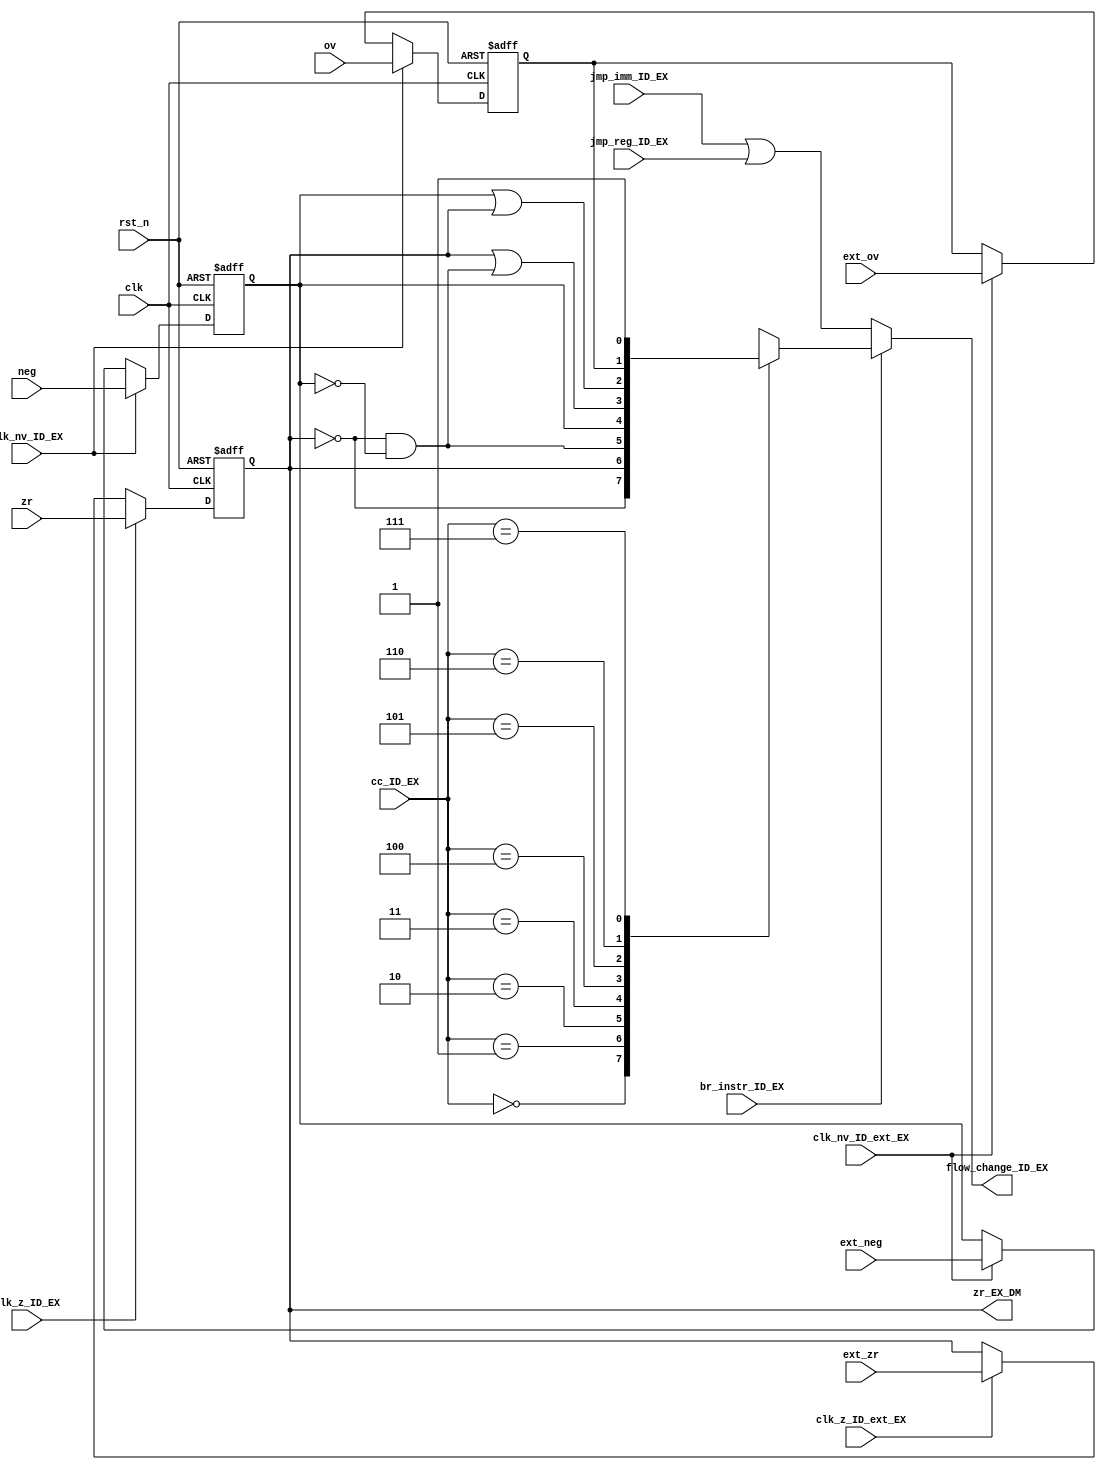
module br_bool(clk,rst_n,clk_z_ID_EX,clk_nv_ID_EX,br_instr_ID_EX,
               clk_z_ID_ext_EX, clk_nv_ID_ext_EX,
               jmp_imm_ID_EX,jmp_reg_ID_EX,cc_ID_EX,zr,ov,neg,
               ext_zr, ext_ov, ext_neg, zr_EX_DM,flow_change_ID_EX);

//////////////////////////////////////////////////////
// determines branch or not based on cc, and flags //
////////////////////////////////////////////////////
input clk,rst_n;
input clk_z_ID_EX;                      // from ID, tells us to flop the zero flag
input clk_nv_ID_EX;                     // from ID, tells us to flop the overflow/neg flag
input clk_z_ID_ext_EX;                  // from ID, tells us to flop the zero flag from ext_ALU
input clk_nv_ID_ext_EX;                 // from ID, tells us to flop the overflow/neg flag from ext_ALU
input br_instr_ID_EX;                   // from ID, tell us if this is a branch instruction
input jmp_imm_ID_EX;                    // from ID, tell us this is jump immediate instruction
input jmp_reg_ID_EX;                    // from ID, tell us this is jump register instruction
input [2:0] cc_ID_EX;                   // condition code from instr[26:24]
input zr,ov,neg;                        // flag bits from ALU
input ext_zr, ext_ov, ext_neg;          // flag bits from ext_ALU

output reg flow_change_ID_EX;           // asserted if we should take branch or jumping
output reg zr_EX_DM;                    // goes to ID for ADDZ

reg neg_EX_DM,ov_EX_DM;

/////////////////////////
// Flop for zero flag //
///////////////////////
always @(posedge clk, negedge rst_n)
  if (!rst_n)
    zr_EX_DM  <= 1'b0;
  else if (clk_z_ID_EX) 
    zr_EX_DM  <= zr;
  else if (clk_z_ID_ext_EX)    //If the instruction is from ext_ALU, then it needs to be floped
    zr_EX_DM  <= ext_zr;

    
/////////////////////////////////////
// Flops for negative and ov flag //
///////////////////////////////////
always @(posedge clk, negedge rst_n)
  if (!rst_n)
    begin
      ov_EX_DM  <= 1'b0;
      neg_EX_DM <= 1'b0;
    end
  else if (clk_nv_ID_EX)
    begin
      ov_EX_DM  <= ov;
      neg_EX_DM <= neg;
    end
  else if (clk_nv_ID_ext_EX)    //If the instruction is from ext_ALU, then it needs to be floped
    begin
      ov_EX_DM  <= ext_ov;
      neg_EX_DM <= ext_neg;
    end

always @(br_instr_ID_EX,cc_ID_EX,zr_EX_DM,ov_EX_DM,neg_EX_DM,jmp_reg_ID_EX,jmp_imm_ID_EX) begin

  flow_change_ID_EX = jmp_imm_ID_EX | jmp_reg_ID_EX;    // jumps always change the flow
  
  if (br_instr_ID_EX)
    case (cc_ID_EX)
      3'b000 : flow_change_ID_EX = ~zr_EX_DM;
      3'b001 : flow_change_ID_EX = zr_EX_DM;
      3'b010 : flow_change_ID_EX = ~zr_EX_DM & ~neg_EX_DM;
      3'b011 : flow_change_ID_EX = neg_EX_DM;
      3'b100 : flow_change_ID_EX = zr_EX_DM | (~zr_EX_DM & ~neg_EX_DM);
      3'b101 : flow_change_ID_EX = neg_EX_DM | zr_EX_DM;
      3'b110 : flow_change_ID_EX = ov_EX_DM;
      3'b111 : flow_change_ID_EX = 1'b1;
    endcase
end

endmodule